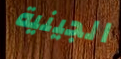
الجينية